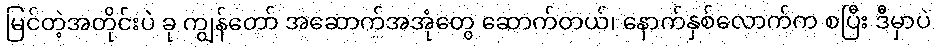
မြင်တဲ့အတိုင်းပဲ ခု ကျွန်တော် အဆောက်အအုံတွေ ဆောက်တယ်၊ နောက်နှစ်လောက်က စပြီး ဒီမှာပဲ